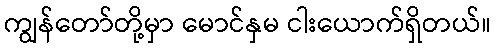
ကျွန်တော်တို့မှာ မောင်နှမ ငါးယောက်ရှိတယ်။